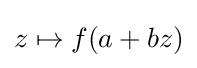
z\mapsto f(a+bz)